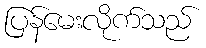
ပြန်မေးလိုက်သည်